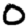
Digit: 0